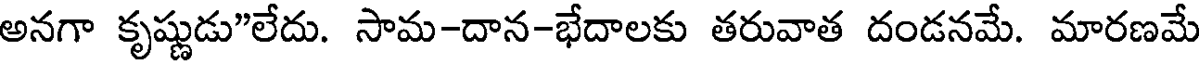
అనగా కృష్ణుడు"లేదు. సామ-దాన-భేదాలకు తరువాత దండనమే. మారణమే